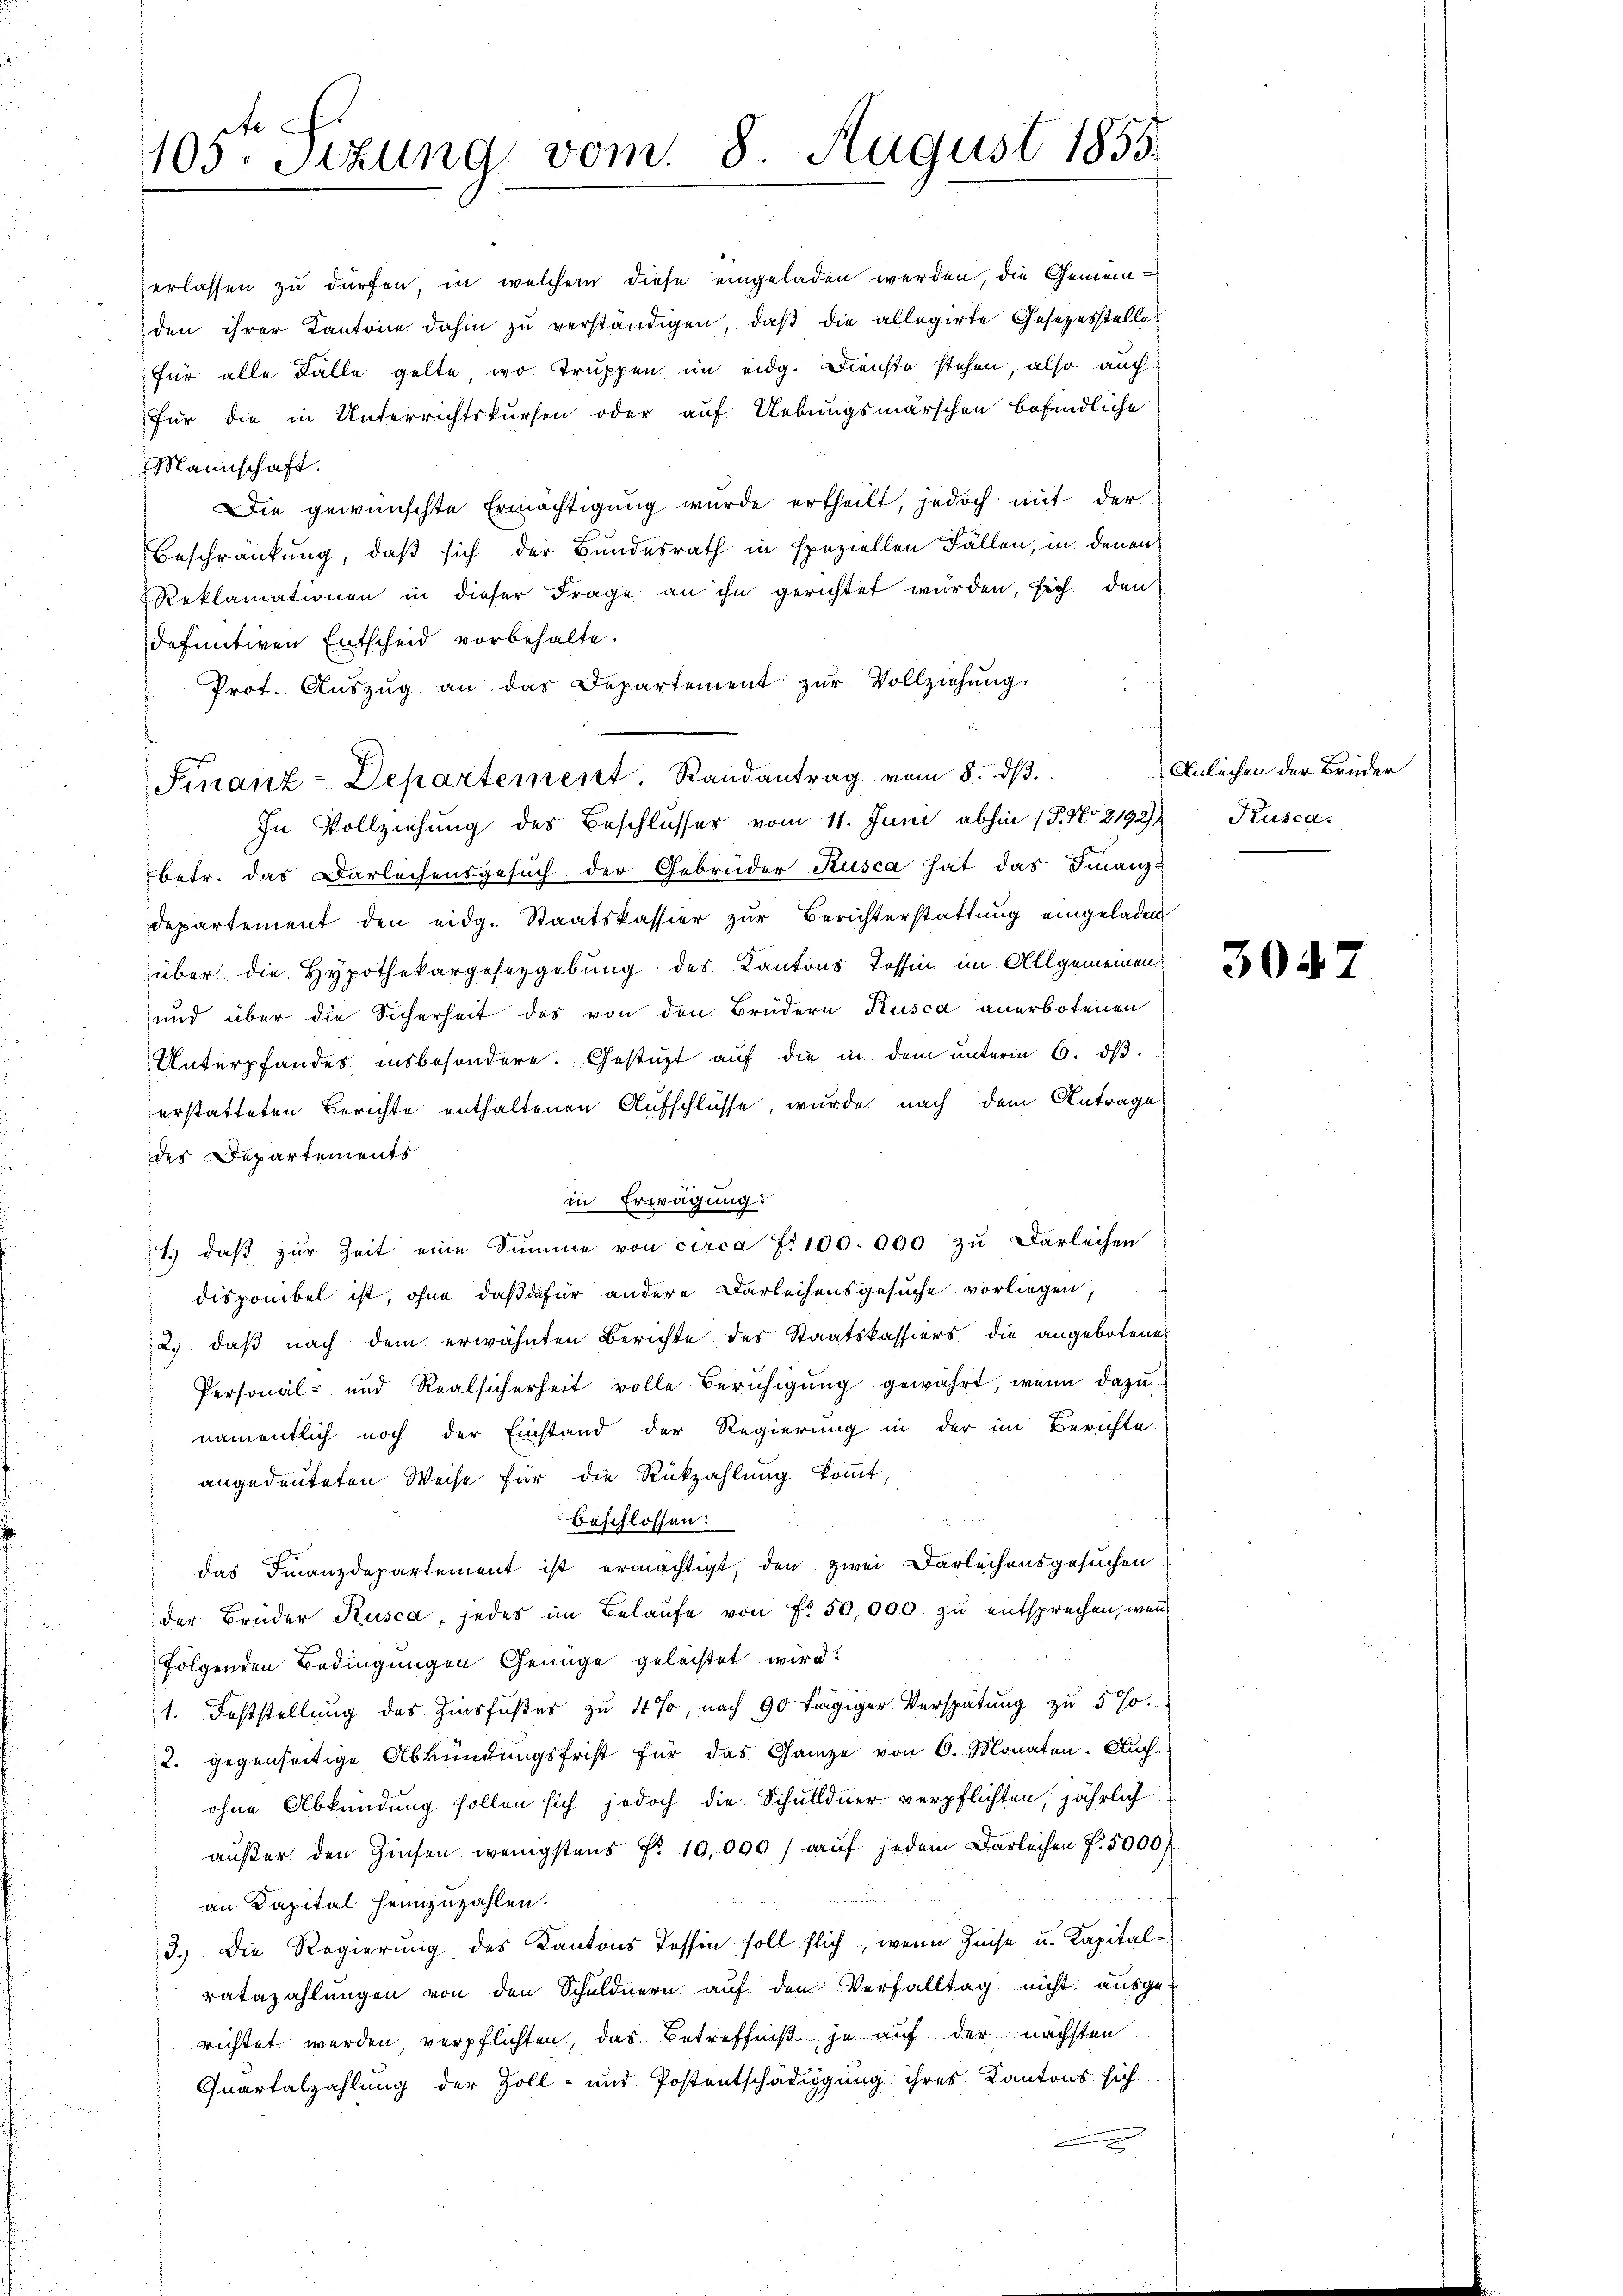
den ihrer Kantone dahin zu verständigen, daß die allegirte Gesezesstelle
für alle Fälle gelte, wo Truppen im eidg. Dienste stehen, also auch
für die in Unterrichtskursen oder auf Uebungsmärschen befindliche
Mannschaft.
Die gewünschte Ermächtigung wurde ertheilt, jedoch mit der
Beschränkung, daß sich der Bundesrath in speziellen Fällen, in denen
Reklamationen in dieser Frage an ihn gerichtet wurden, sich den
definitiven Entscheid vorbehalte.
Prot. Aŭszŭg an das Departement zŭr Vollziehŭng.
In Vollziehung des Beschlusses vom 11. Juni abhin 15. No 2192),
betr. das Darleihensgesuch der Gebrüder Kusca hat das Finanz¬
Departement den eidg. Staatskassier zur Berichterstattung eingeladen
über die Hypothekargesezgebung des Kantons Tessin im Allgemeinen
und über die Sicherheit des von den Brüdern Kusca anerbotenen
Unterpfandes, insbesondere. Gestüzt auf die in dem unterm 6. dβ.
erstatteten Berichte enthaltenen Aufschlüsse, wurde nach dem Antrage
des Departements
in Erwägung:
e
1. daβ zŭr Zeit eine Summe von circa Fr. 100. 000 zu Darleihen
disponibel ist, ohne daß dafür andere Darleihensgesuche vorliegen
2.) daß nach dem erwähnten Berichte des Staatskassiers die angebotene
Personal- und Realsicherheit volle Beruhigung gewährt, wenn dazu
namentlich noch der Einstand der Regierung in der im Berichte
angedeuteten Weise für die Rückzahlung kommt,
Beschlossen:
das Finanzdepartement ist ermächtigt, den zwei Darleihensgesuchen
der Brüder Kusca, jedes im Belaufe von Fr. 50,000 zu entsprechen, wenn
folgenden Bedingungen Genüge geleistet wird:
1. Feststellung des Zinsfußes zu 4%, nach 90 tägiger Verspätung zu 5 %
2. gegenseitige Abkündungsfrist für das Ganze von 6. Monaten. Auch
ohne Abkündung sollen sich jedoch die Schulldner verpflichten, jährlich
aŭβer den Zinsen wenigstens Fr. 10,000 auf jedem Darleihen f. 5900/

an Kapital heimzuzahlen.
3.) Die Regierung des Kantons Tessin soll flich, wenn Zinse u. Kapitalratazahlungen von den Schuldnern aŭf den Verfalltag nicht ausge-
richtet werden, verpflichten, das Betreffniß je auf der nächsten
Quartalzahlung der Zoll- und Postentschädigung ihres Kantons sich
.

105. Sizung vom 8 August 1855.

erlassen zu dürfen, in welchem diese eingeladen werden, die Gemein¬

Finanz-Departement. Randantrag vom 8. ds.

Anlächen der Brüder
Kusca.

30